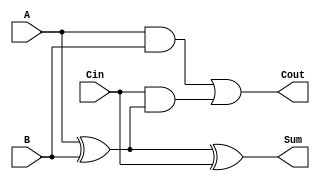
module full_adder (
    input  wire A,     // First input bit
    input  wire B,     // Second input bit
    input  wire Cin,   // Carry-in bit
    output wire Sum,   // Resulting sum bit
    output wire Cout   // Carry-out bit
);

// Behavioral description of the full adder
assign Sum = A ^ B ^ Cin; // Sum is the XOR of A, B, and Cin
assign Cout = (A & B) | (Cin & (A ^ B)); // Cout is generated based on the conditions

endmodule